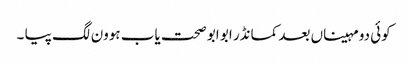
کوئی دو مہیناں بعد کمانڈر ابو ابو صحت یاب ہوون لگ پیا ۔